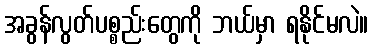
အခွန်လွတ်ပစ္စည်းတွေကို ဘယ်မှာ ရနိုင်မလဲ။